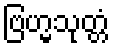
ဗြဟ္မသုတ္တံ